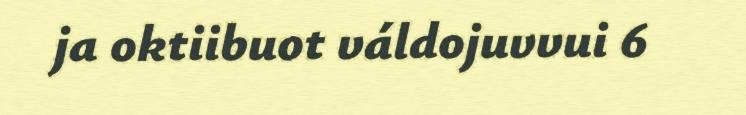
ja oktiibuot váldojuvvui 6